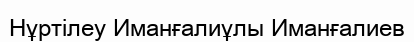
Нұртілеу Иманғалиұлы Иманғалиев